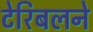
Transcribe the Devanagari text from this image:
टेरिबलने